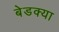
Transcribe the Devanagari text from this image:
बेडक्या